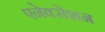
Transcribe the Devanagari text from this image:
एनेक्सेशन